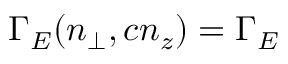
\Gamma _ { E } ( n _ { \perp } , c n _ { z } ) = \Gamma _ { E }